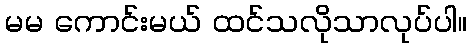
မမ ကောင်းမယ် ထင်သလိုသာလုပ်ပါ။